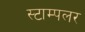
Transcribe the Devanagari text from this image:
स्टाम्पलर